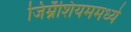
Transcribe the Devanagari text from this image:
जिम्नॅशियममध्ये